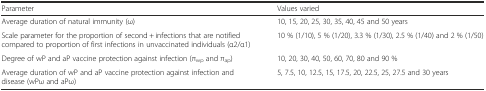
| Parameter | Values varied |
 | --- | --- |
 | Average duration of natural immunity (ω) | 10, 15, 20, 25, 30, 35, 40, 45 and 50 years |
 | Scale parameter for the proportion of second + infections that are notified compared to proportion of first infections in unvaccinated individuals (α2/α1) | 10 % (1/10), 5 % (1/20), 3.3 % (1/30), 2.5 % (1/40) and 2 % (1/50) |
 | Degree of wP and aP vaccine protection against infection (πwp and πap) | 10, 20, 30, 40, 50, 60, 70, 80 and 90 % |
 | Average duration of wP and aP vaccine protection against infection and disease (wPω and aPω) | 5, 7.5, 10, 12.5, 15, 17.5, 20, 22.5, 25, 27.5 and 30 years |